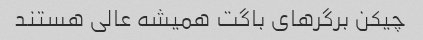
چیکن برگر‌های باگت همیشه عالی هستند